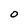
Character: 0